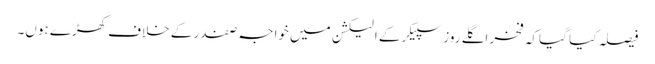
فیصلہ کیا گیا کہ فخر اگلے روز سپیکر کے الیکشن میں خواجہ صفدر کے خلاف کھڑے ہوں۔